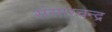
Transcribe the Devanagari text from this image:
संसारचन्द्र